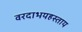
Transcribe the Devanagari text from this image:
वरदाभयहस्ताय